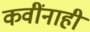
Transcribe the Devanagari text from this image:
कवींनाही